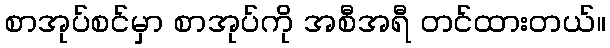
စာအုပ်စင်မှာ စာအုပ်ကို အစီအရီ တင်ထားတယ်။